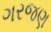
ગરજણ